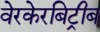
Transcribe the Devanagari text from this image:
वेरकेरबिट्रीब